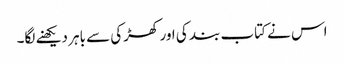
اس نے کتاب بند کی اور کھڑکی سے باہر دیکھنے لگا۔